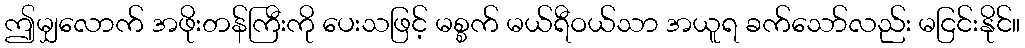
ဤမျှလောက် အဖိုးတန်ကြီးကို ပေးသဖြင့် မစ္စက် မယ်ရီဝယ်သာ အယူရ ခက်သော်လည်း မငြင်းနိုင်။